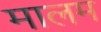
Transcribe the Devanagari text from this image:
मालम